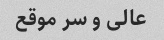
عالی و سر موقع